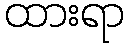
ထားရာ